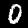
Label: 0